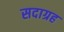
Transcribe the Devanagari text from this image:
सदाग्रह